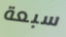
سبعة